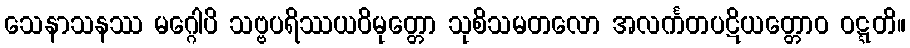
သေနာသနဿ မဂ္ဂေါပိ သဗ္ဗပရိဿယဝိမုတ္တော သုစိသမတလော အလင်္ကတပဋိယတ္တောဝ ဝဋ္ဋတိ။